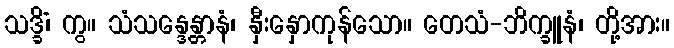
သဒ္ခိံ၊ ကွ။ သံသန္ဒေန္တာနံ၊ နှီးနှောကုန်သော။ တေသံ-ဘိက္ခူနံ၊ တို့အား။